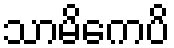
သာမိကေပိ